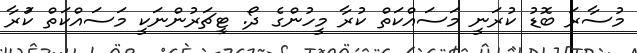
މުސާރަ ބޮޑު ކުރަނީ މަސައްކަތް ކުރާ މީހުންގެ ދޯ. ޓީޗަރުންނަކީ މަސައްކަތް ކުަރާ